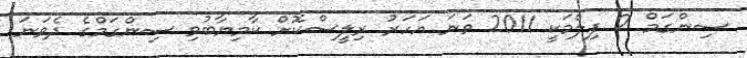
ސިންގަމް 2 ފިލްމަކީ 2011 ވަނަ އަހަރު ރިލީސްކޮށް ކާމިޔާބުވި ސިންގަމްގެ ދެވަނަ